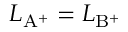
L _ { \mathrm { { { A ^ { + } } } } } = L _ { \mathrm { { { B ^ { + } } } } }